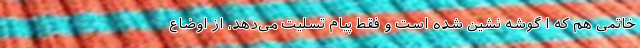
خاتمی هم که ا گوشه نشین شده است و فقط پیام تسلیت می‌دهد، از اوضاع